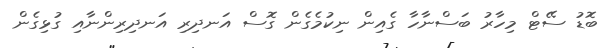
ބޮޑު ސޭޓް މިހާރު ބަސްނާހާ ގެއިން ނިކުމެގެން ގޮސް އަނދިރި އަނދިރިންނާއި ގުޅިގެން